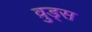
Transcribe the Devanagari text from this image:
व़ुड्स